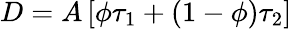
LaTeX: D=A\left[\phi\tau_{1}+(1-\phi)\tau_{2}\right]